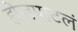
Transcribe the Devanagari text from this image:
ह्येलपाटलं